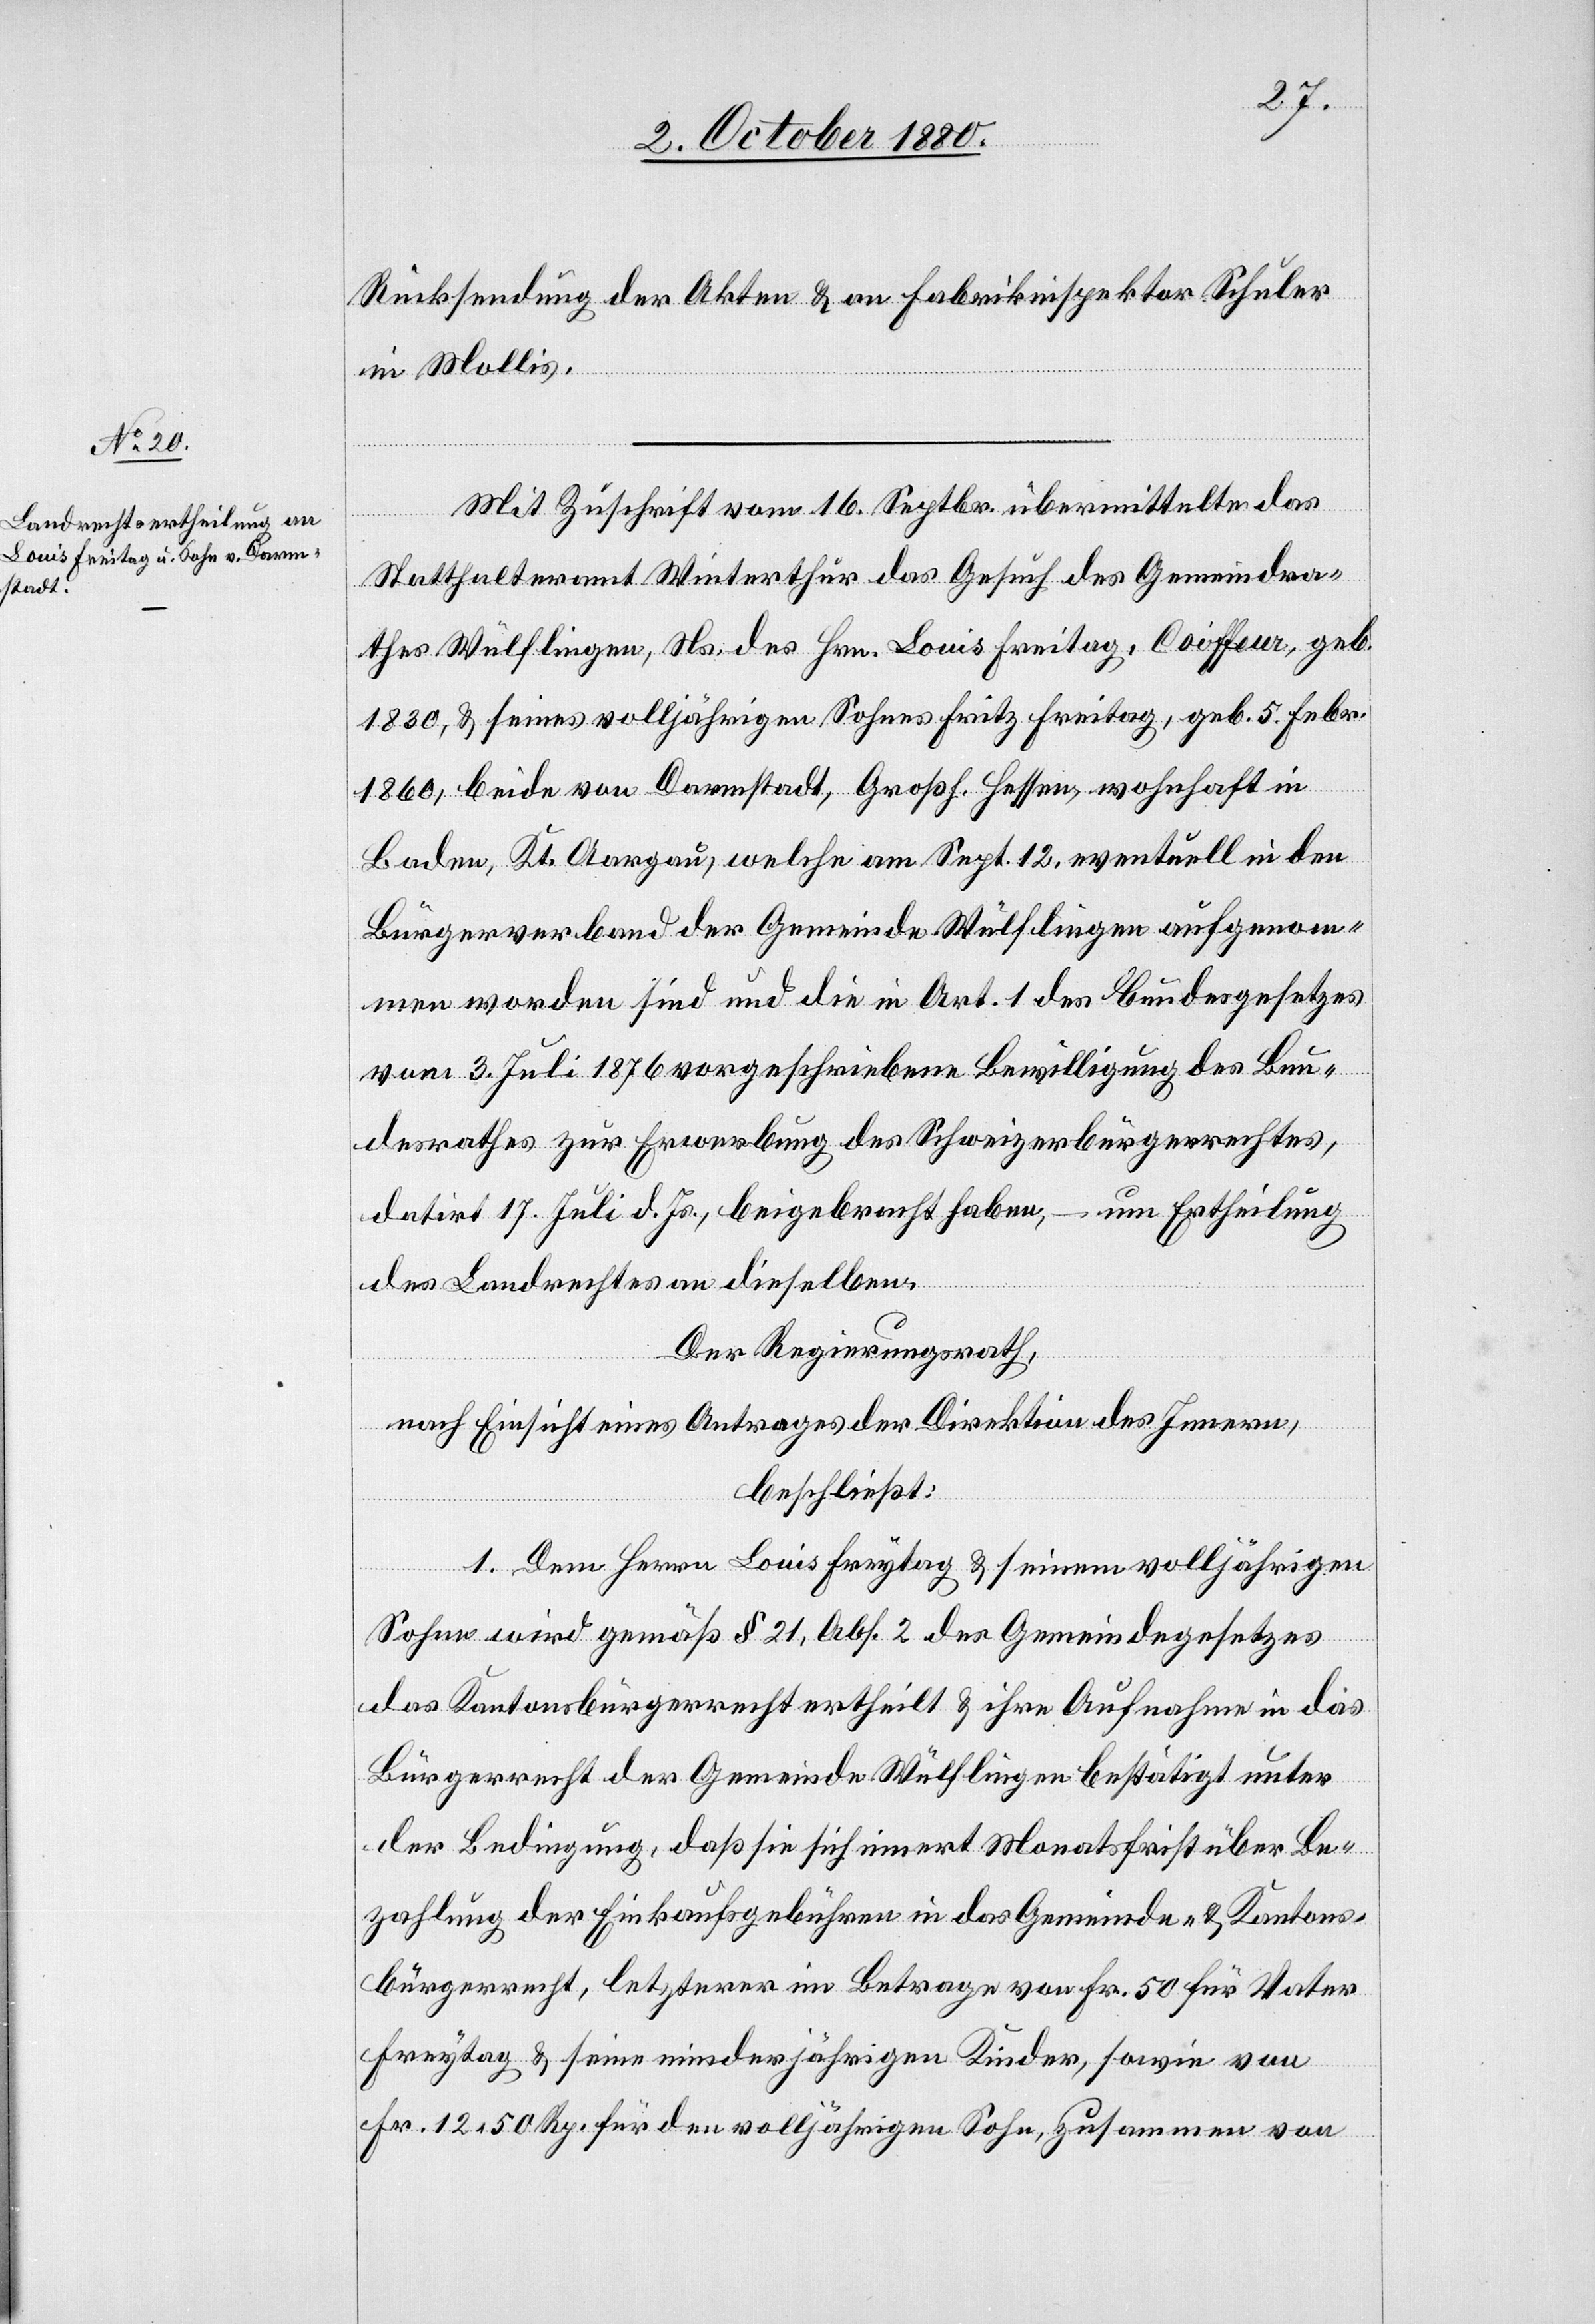
Rücksendung der Akten & an Fabrikinspektor Schuler
in Mollis.
Mit Zuschrift vom 16. Septbr. übermittelte das
Statthalteramt Winterthur das Gesuch des Gemeindra¬
thes Wülflingen, Ns. des Hrn. Louis Freitag, Coiffeur, geb.
1830, & seines volljährigen Sohnes Fritz Freitag, geb. 5. Febr.
1860, beide von Darmstadt, Großh. Hessen, wohnhaft in
Baden, Kt. Aargau, welche am Sept. 12, eventuell in den
Bürgerverband der Gemeinde Wülflingen aufgenom¬
men worden sind und die in Art. 1 des Bundesgesetzes
vom 3. Juli 1876 vorgeschriebene Bewilligung des Bun¬
desrathes zur Erwerbung des Schweizerbürgerrechtes,
datirt 17. Juli d. Js., beigebracht haben, – um Ertheilung
des Landrechtes an dieselben.
Der Regierungsrath,
nach Einsicht eines Antrages der Direktion des Innern,
beschließt:
1. Dem Herrn Louis Freytag [sic!] & seinem volljährigen
Sohn wird gemäß § 21, Abs. 2 des Gemeindegesetzes
das Kantonsbürgerrecht ertheilt & ihre Aufnahme in das
Bürgerrecht der Gemeinde Wülflingen bestätigt unter
der Bedingung, daß sie sich innert Monatsfrist über Be¬
zahlung der Einkaufsgebühren in das Gemeinde- & Kantons¬
bürgerrecht, letzterer im Betrage von Fr. 50 für Vater
Freytag & seine minderjährigen Kinder, sowie von
Fr. 12 05 Rp. für den volljährigen Sohn, zusammen von